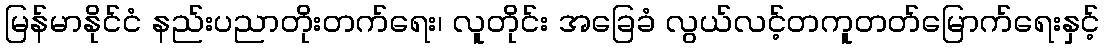
မြန်မာနိုင်ငံ နည်းပညာတိုးတက်ရေး၊ လူတိုင်း အခြေခံ လွယ်လင့်တကူတတ်မြောက်ရေးနှင့်